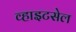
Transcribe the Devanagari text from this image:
व्हाइटसेल